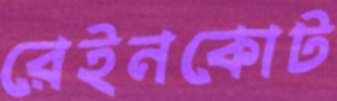
রেইনকোট